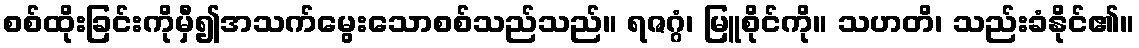
စစ်ထိုးခြင်းကိုမှီ၍အသက်မွေးသောစစ်သည်သည်။ ရဇဂ္ဂံ၊ မြူစိုင်ကို။ သဟတိ၊ သည်းခံနိုင်၏။